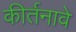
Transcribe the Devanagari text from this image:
कीर्तनावे